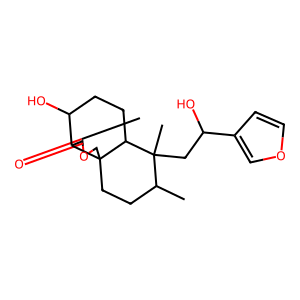
SMILES: CC1CCC23COC(=O)C2C(O)CCC3C1(C)CC(O)c1ccoc1
Inhibits HIV replication: No